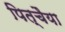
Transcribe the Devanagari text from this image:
पित्चैया